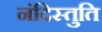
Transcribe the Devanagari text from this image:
नंदिस्तुति